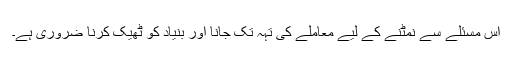
اس مسئلے سے نمٹنے کے لیے معاملے کی تہہ تک جانا اور بنیاد کو ٹھیک کرنا ضروری ہے۔